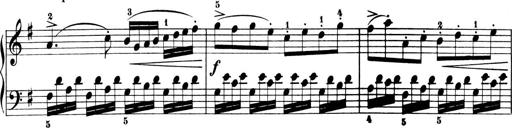
Title: 6 Piano Sonatinas
Composer: Cornelius Gurlitt